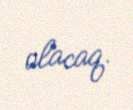
olacaq.